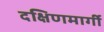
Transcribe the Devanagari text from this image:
दक्षिणमार्गी